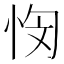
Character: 𭜭